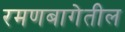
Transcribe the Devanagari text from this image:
रमणबागेतील